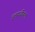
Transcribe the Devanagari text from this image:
हलगर्जीपणा